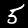
Digit: 5